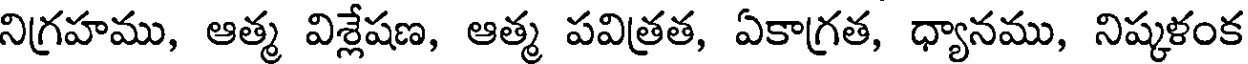
నిగ్రహము, ఆత్మ విశ్లేషణ, ఆత్మ పవిత్రత, ఏకాగ్రత, ధ్యానము, నిష్కళంక